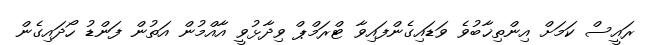
ރައީސް ކަމަށް އިންތިޚާބުވެ ވަޑައިގެންފައިވާ ޓްރަމްޕް ވިދާޅުވީ އާއްމުން އަތުން ފަންޑު ހޯދައިގެން